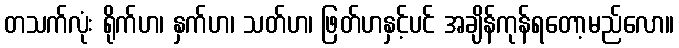
တသက်လုံး ရိုက်ဟ၊ နှက်ဟ၊ သတ်ဟ၊ ဖြတ်ဟနှင့်ပင် အချိန်ကုန်ရတော့မည်လော။